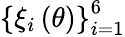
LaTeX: \left\{ \xi_{i}\left(\theta\right)\right\} _{i=1}^{6}